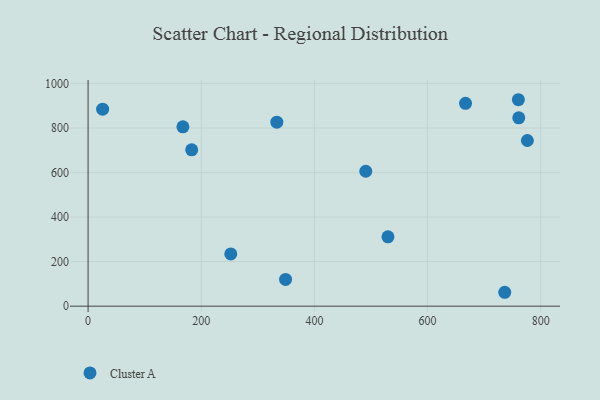
{"axis": {"x": "Distance", "y": "Fuel Efficiency"}, "legend": ["Cluster A"], "data": [{"x": "761.2", "y": 845.6, "type": "Cluster A"}, {"x": "252.2", "y": 234.4, "type": "Cluster A"}, {"x": "25.7", "y": 884.7, "type": "Cluster A"}, {"x": "530.0", "y": 311.6, "type": "Cluster A"}, {"x": "776.4", "y": 743.8, "type": "Cluster A"}, {"x": "167.6", "y": 805.3, "type": "Cluster A"}, {"x": "490.8", "y": 605.8, "type": "Cluster A"}, {"x": "333.6", "y": 826.4, "type": "Cluster A"}, {"x": "760.5", "y": 927.0, "type": "Cluster A"}, {"x": "183.1", "y": 702.0, "type": "Cluster A"}, {"x": "667.1", "y": 910.8, "type": "Cluster A"}, {"x": "349.0", "y": 120.2, "type": "Cluster A"}, {"x": "736.4", "y": 62.4, "type": "Cluster A"}]}